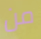
من